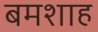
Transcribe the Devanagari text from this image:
बमशाह